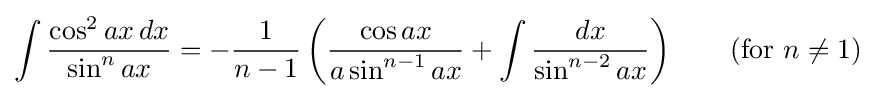
\int {\frac {\cos ^{2}ax\,dx}{\sin ^{n}ax}}=-{\frac {1}{n-1}}\left({\frac {\cos ax}{a\sin ^{n-1}ax}}+\int {\frac {dx}{\sin ^{n-2}ax}}\right)\qquad {\mbox{(for }}n\neq 1{\mbox{)}}